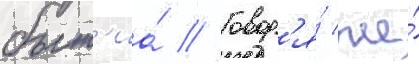
быт'иа́ // Говор'я́ же́